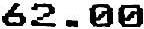
62.00